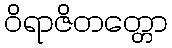
ဝိရာဇိတတ္တော